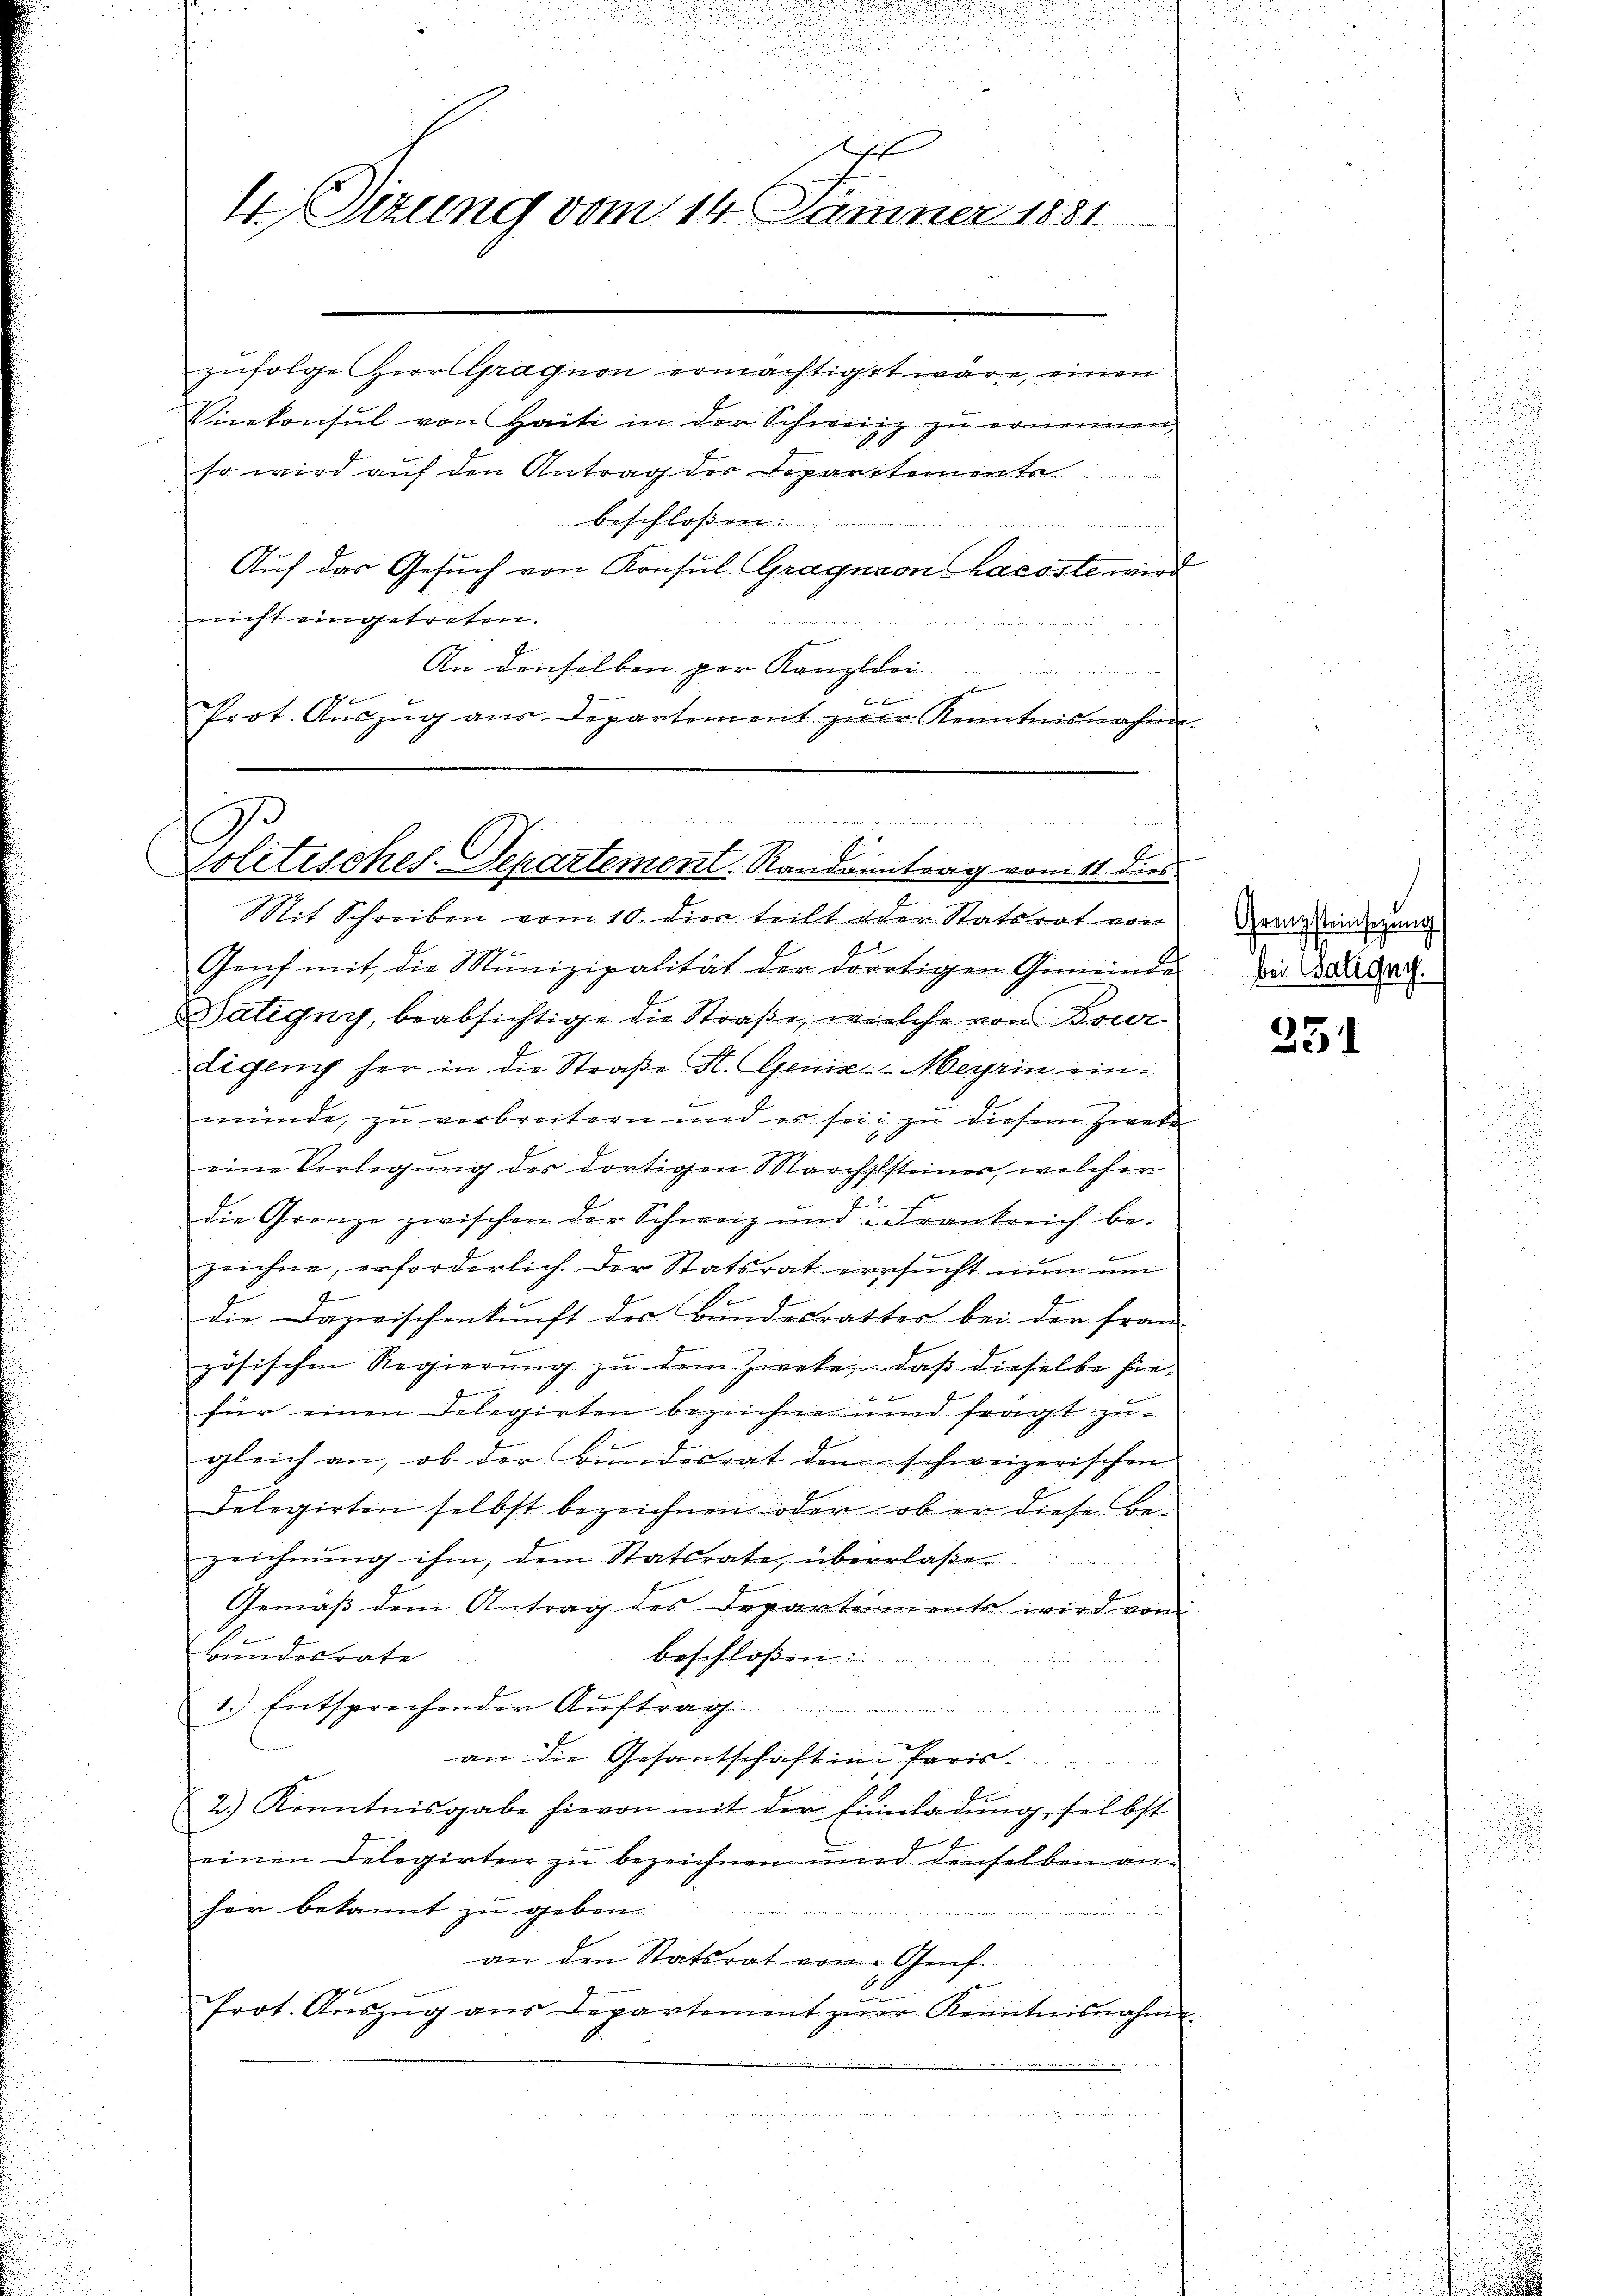
Aff
4.Dizung vom 14. Jänner 1881

zufolge Herr Gragnon ermächtigt wäre, einen
Vicekonsul von Haiti in der Schweiz zu ernennen,
so wird auf den Antrag der Departemente
beschloßen:
Auf das Gesuch von Konsul Gragnon hacoste wird
nicht eingetreten.
An denselben per Kanzlei

Prot. Aŭszŭg aŭs Departement zŭr Kenntnisnahme

iger ich sehe einer stattete weiten er an eine
.
E
Pr
Politisches-Departement. Randantrag vom 11. dies

Mit Schreiben vom 10. dies teilt oder Statsrat von
.
Genf mit die Munizipalität der dortigen Gemeinde
Batigny, beabsichtige die Straße, welche von Bour
digen her in die Straße St. Genie-Meyrin einmünde, zu verbreitern und er sei zu diesem Zweke
eine Verlegung des dortigen Marchststeiner, welcher
1
die Grenze zwischen der Schweiz und Frankreich be-
t
zeichne, erforderlich. Der Statsrat ersucht nun um
die. Dazwischenkunft der Bundesrathes bei der fran-
zösischen Regierŭng zŭ dem Zweke, daβ dieselbe hie-
für einen Telegirten bezeichne und fragt zu-
gleich an, ob der Bundesrat den schweizerischen
Delegirten selbst bezeichnen oder ob er diese Be-
zeichnung ihm, dem Statsrate, überlaßen
Gemäβ dem Antrag des Departements wird von
e
tundesrate
beschloßen:
1.) Entsprechender Aŭftra
an die Gesantschaft in Paris
2.) Kenntnisgabe hievon mit der Einladŭng, selbst
einen Delegirten zu bezeichnen und denselben anher bekannt zu geben.
an den Statsrat von Genf
Prot. Aŭszŭg aŭs Departement zŭr Kenntnisnahme

Grenzsteinsetzung
bei Baligny.

351